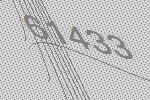
61433